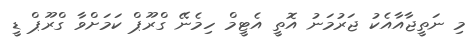
މި ނަތީޖާއާއެކު ޖަރުމަނު އޮތީ އެޓީމް ހިމެނޭ ގްރޫޕް ކަމަށްވާ ގްރޫޕް ޑީ